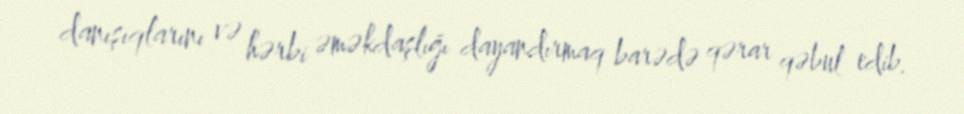
danışıqlarını və hərbi əməkdaşlığı dayandırmaq barədə qərar qəbul edib.